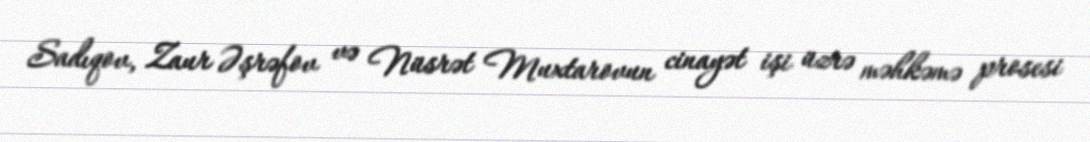
Sadıqov, Zaur Əşrəfov və Nüsrət Muxtarovun cinayət işi üzrə məhkəmə prosesi